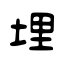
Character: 埋